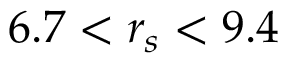
6 . 7 < r _ { s } < 9 . 4